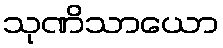
သုဏိသာယော